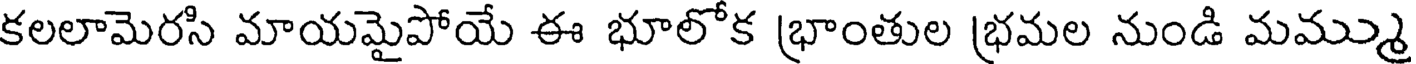
కలలామెరసి మాయమైపోయే ఈ భూలోక భ్రాంతుల భ్రమల నుండి మమ్ము